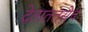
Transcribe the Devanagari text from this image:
देताततसेच